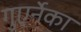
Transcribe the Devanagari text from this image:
गुएर्नेका